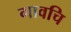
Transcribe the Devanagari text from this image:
गावचि